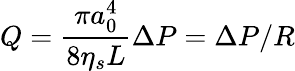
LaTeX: Q=\frac{\pi a_{0}^{4}}{8\eta_{s}L}\Delta P=\Delta P/R